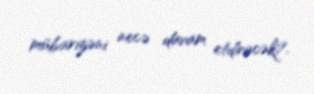
mübarizəni necə davam etdirəcək?.